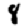
Digit: 8